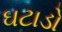
ઘટાડો